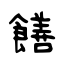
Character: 饍